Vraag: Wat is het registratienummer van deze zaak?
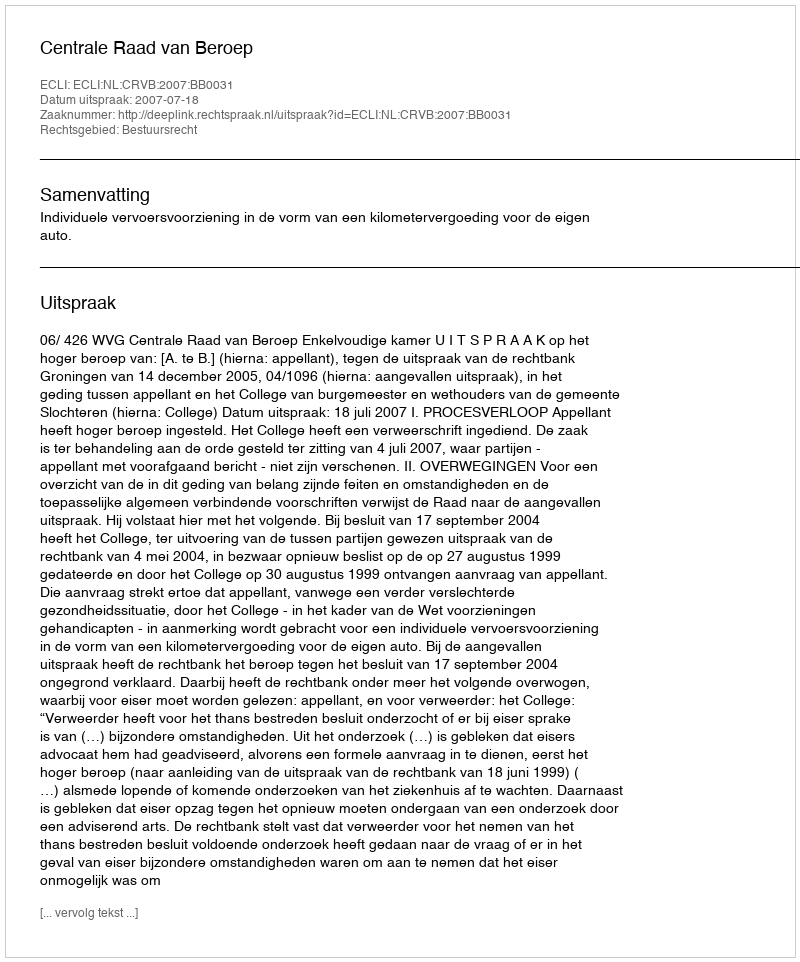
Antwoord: http://deeplink.rechtspraak.nl/uitspraak?id=ECLI:NL:CRVB:2007:BB0031